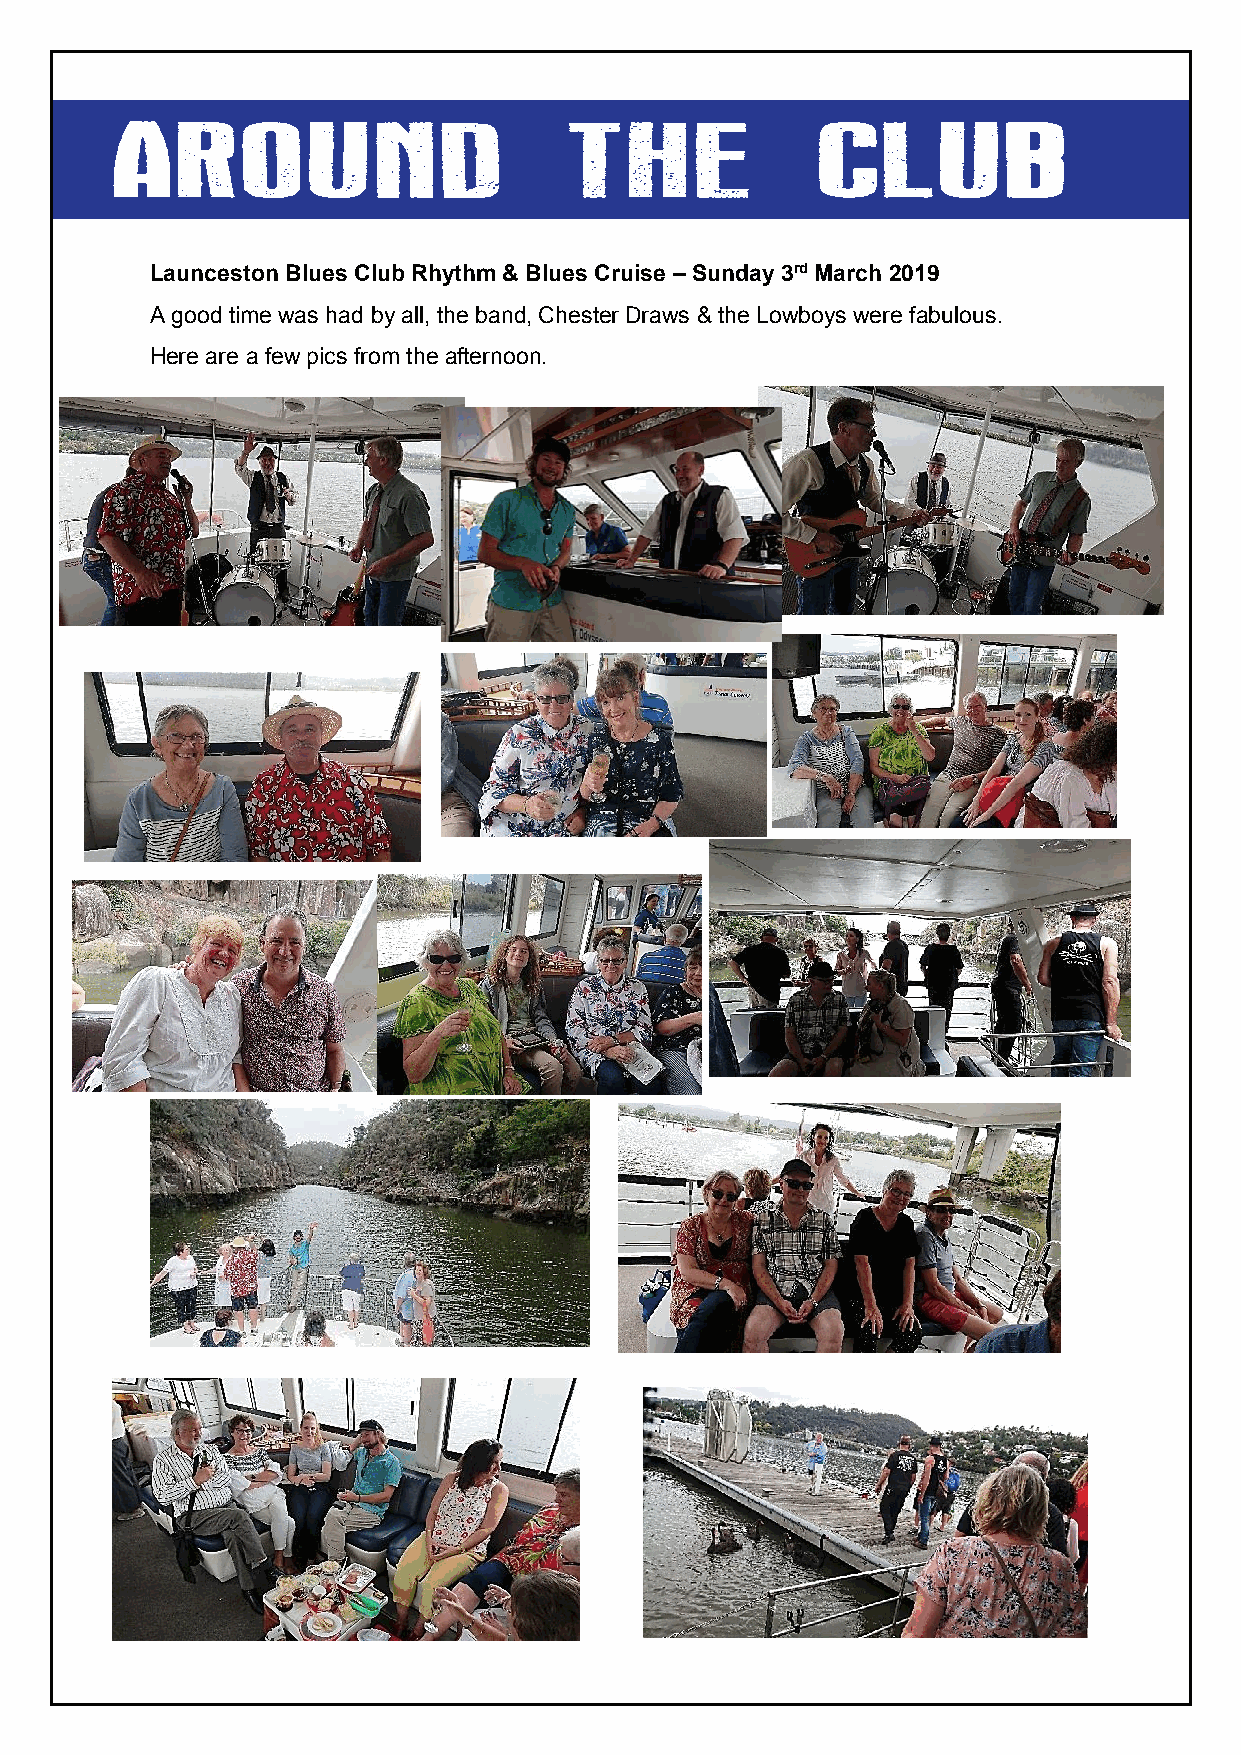
Launceston Blues Club Rhythm & Blues Cruise – Sunday 3rd March 2019
 A good time was had by all, the band, Chester Draws & the Lowboys were fabulous.
 Here are a few pics from the afternoon.